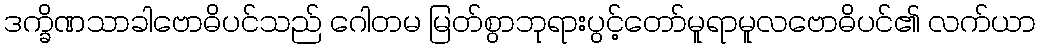
ဒက္ခိဏသာခါဗောဓိပင်သည် ဂေါတမ မြတ်စွာဘုရားပွင့်တော်မူရာမူလဗောဓိပင်၏ လက်ယာ